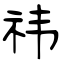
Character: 祎